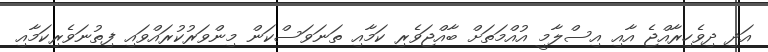
އަދި ދިވެހިރާއްޖެ އާއި އިސްލާމީ އުއްމަތަށް ބާއްޖަވެރި ކަމާއި ތަނަވަސްކަން މިންވަރުކުރައްވައި ފިތުނަވެރިކަމާއި